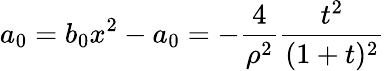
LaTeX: a_{0}=b_{0}x^{2}-a_{0}=-\frac{4}{\rho^{2}}\frac{t^{2}}{(1+t)^{2}}